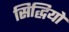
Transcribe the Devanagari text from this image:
सिद्धियो